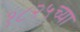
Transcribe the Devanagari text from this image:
१८२५च्या